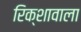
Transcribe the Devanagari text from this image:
रिक्शावाला